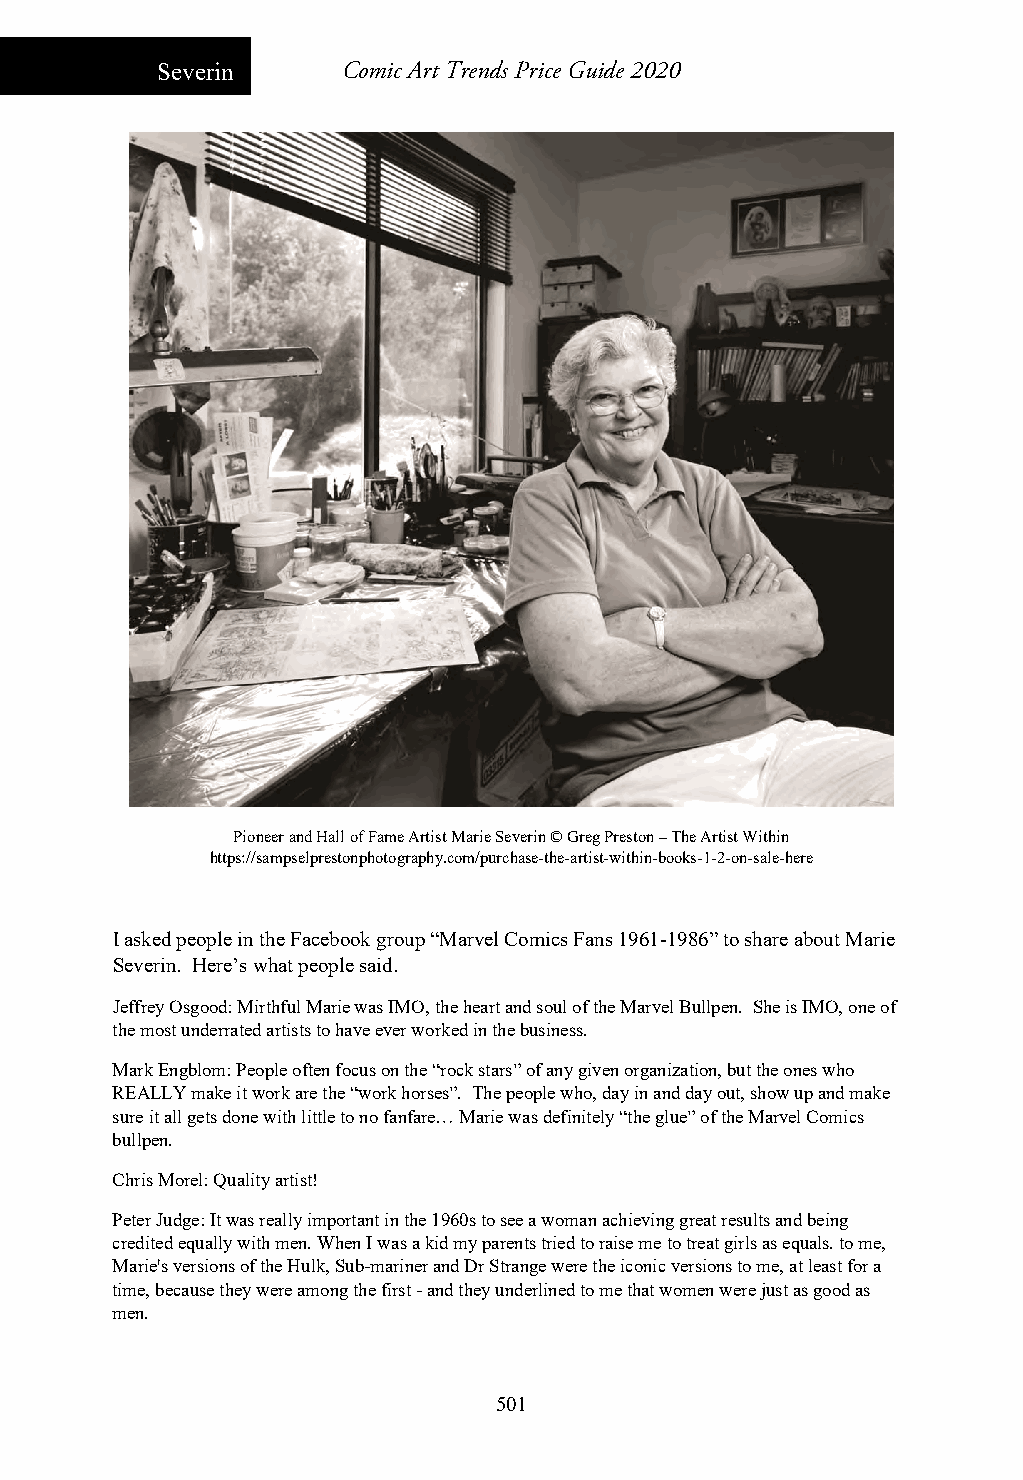
Severin      Comic Art Trends Price Guide 2020
 Pioneer and Hall of Fame Artist Marie Severin © Greg Preston – The Artist Within
 https://sampselprestonphotography.com/purchase-the-artist-within-books-1-2-on-sale-here
 I asked people in the Facebook group “Marvel Comics Fans 1961-1986” to share about Marie
 Severin. Here’s what people said.
 Jeffrey Osgood: Mirthful Marie was IMO, the heart and soul of the Marvel Bullpen. She is IMO, one of
 the most underrated artists to have ever worked in the business.
 Mark Engblom: People often focus on the “rock stars” of any given organization, but the ones who
 REALLY make it work are the “work horses”. The people who, day in and day out, show up and make
 sure it all gets done with little to no fanfare… Marie was definitely “the glue” of the Marvel Comics
 bullpen.
 Chris Morel: Quality artist!
 Peter Judge: It was really important in the 1960s to see a woman achieving great results and being
 credited equally with men. When I was a kid my parents tried to raise me to treat girls as equals. to me,
 Marie's versions of the Hulk, Sub-mariner and Dr Strange were the iconic versions to me, at least for a
 time, because they were among the first - and they underlined to me that women were just as good as
 men.
 501